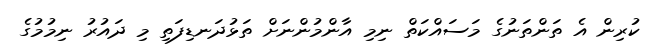
ކުރިން އެ ތަންތަނުގެ މަސައްކަތް ނިމި އާންމުންނަށް ތަޅުދަނޑިފަތި މި ދައުރު ނިމުމުގެ